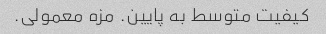
کیفیت متوسط به پایین. مزه معمولی.